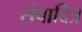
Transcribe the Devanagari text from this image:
संपादित्र